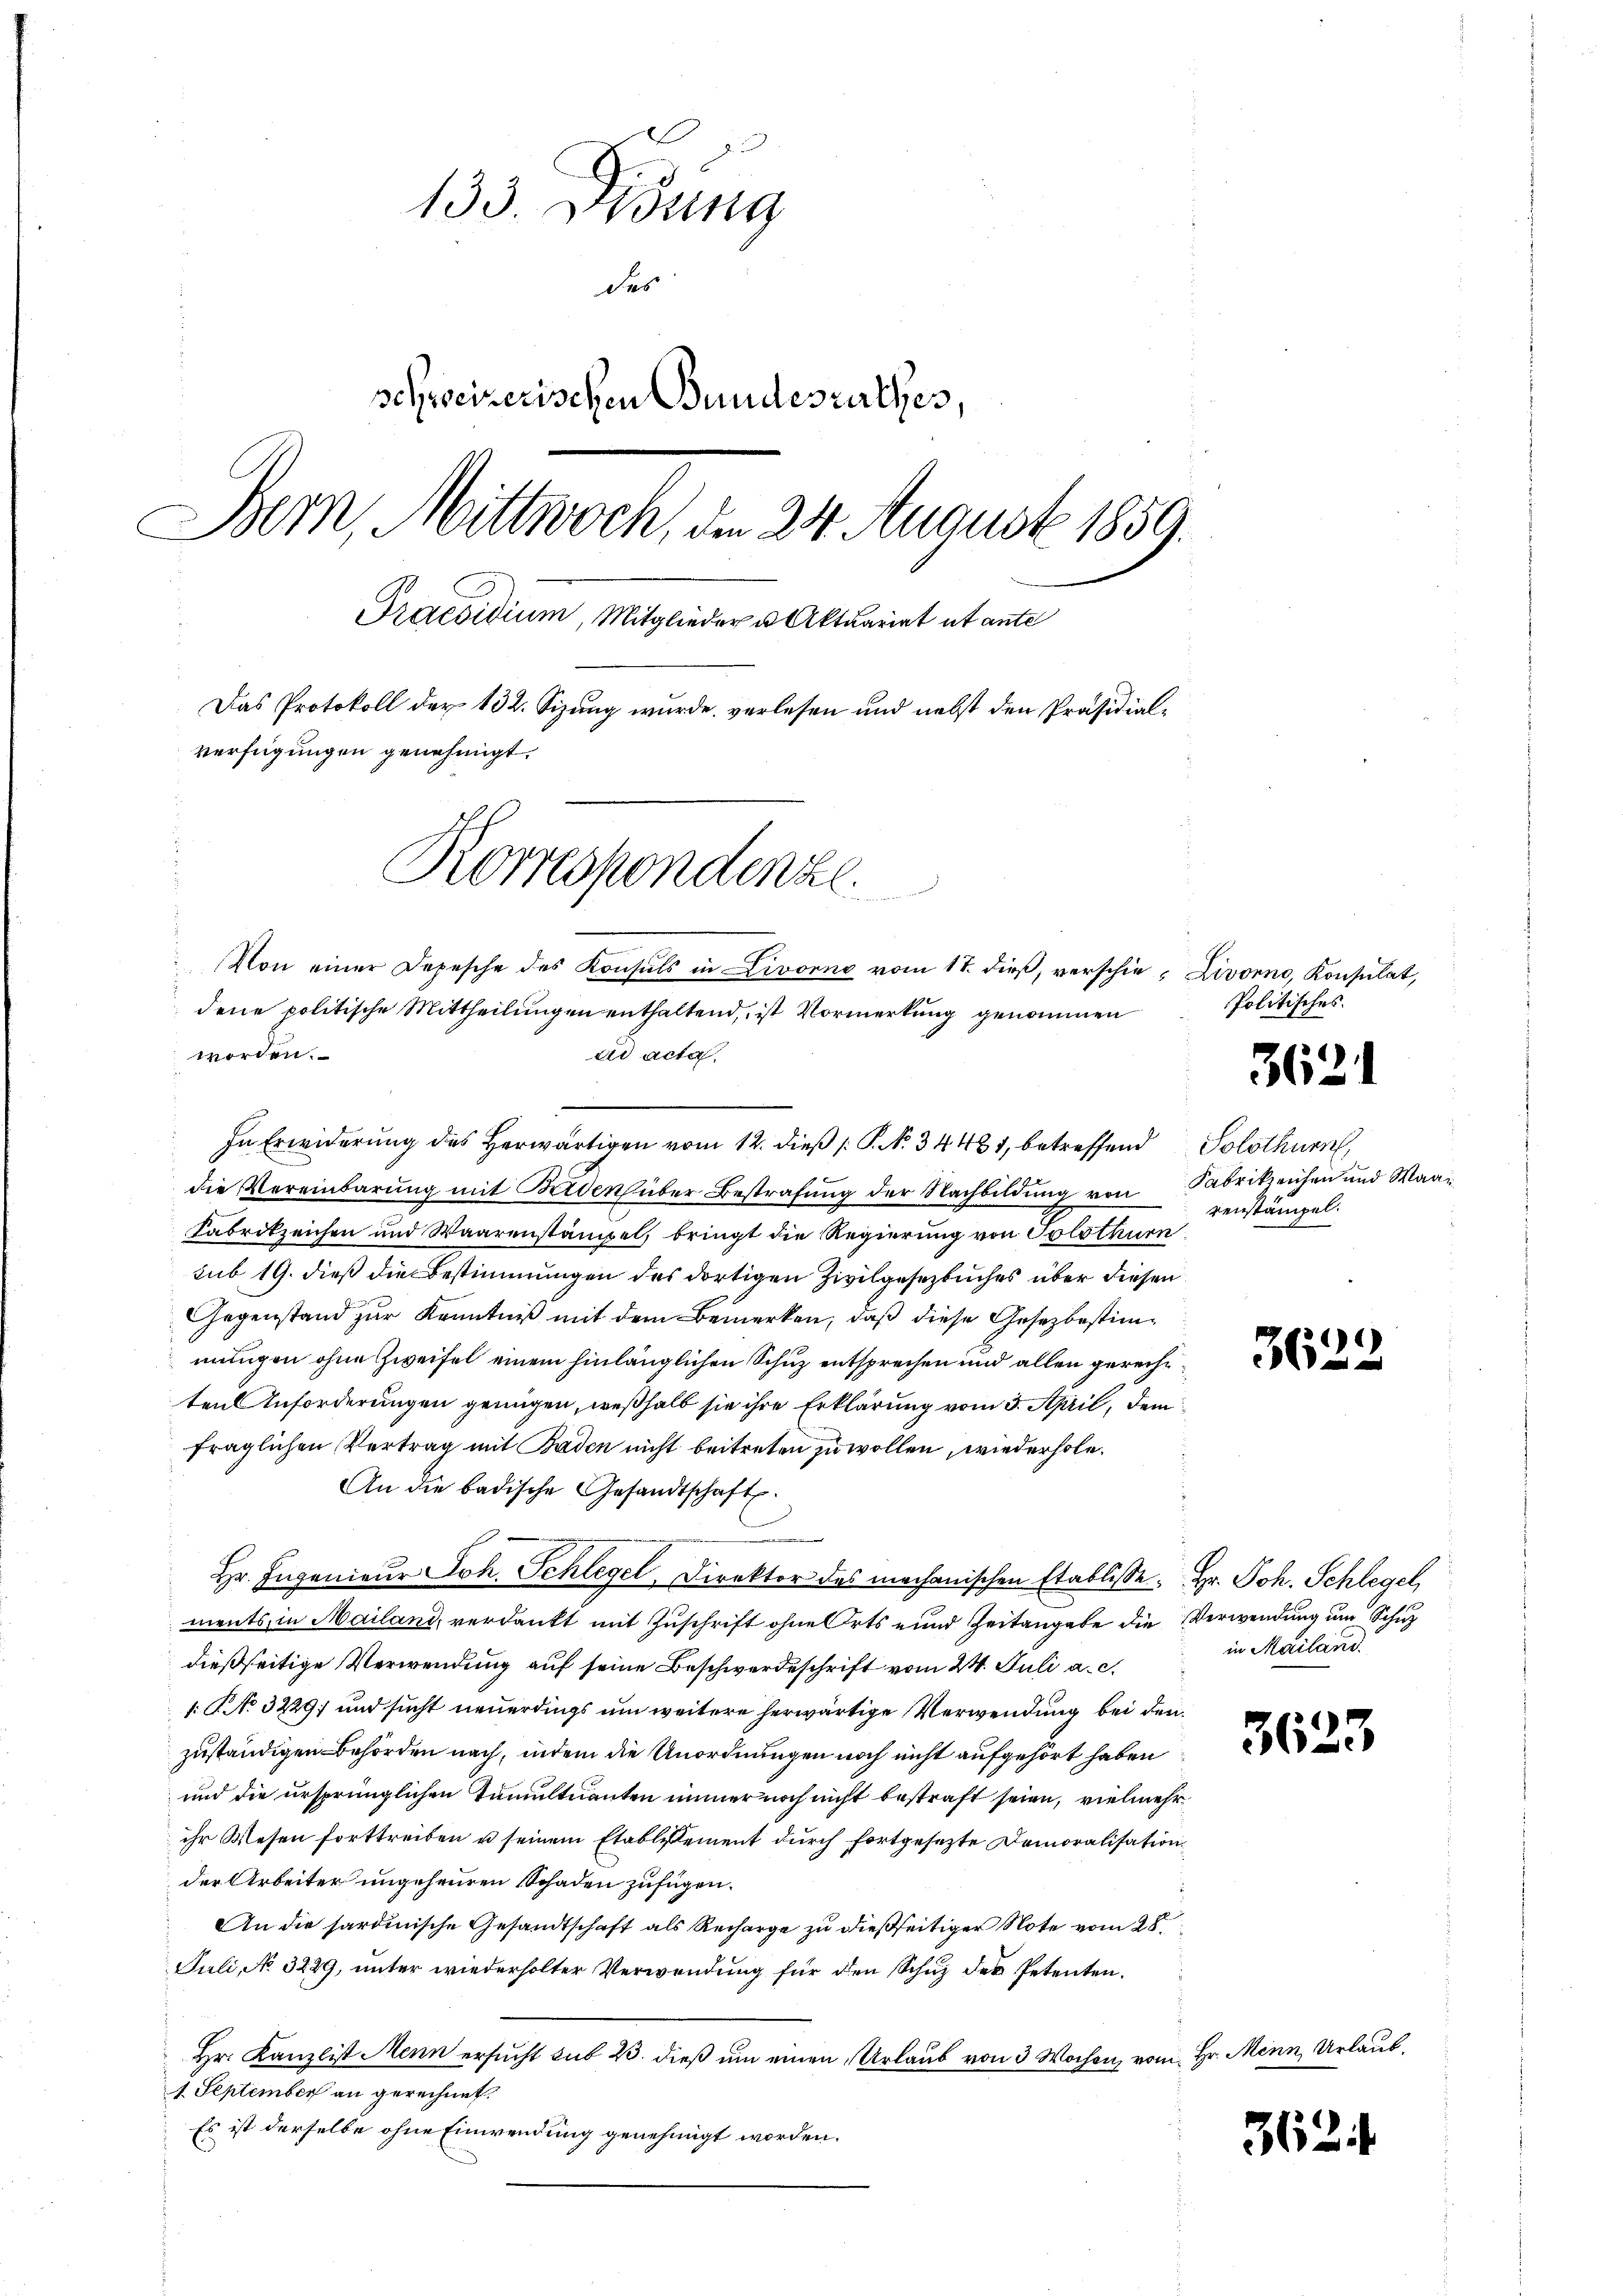
n
133. ung
des
schweizerischen Bundesurthes,
Bern, Mittwoch, den 24. August 1859.
Praesidium, Mitglieder u. Aktuariat ut ante
Das Protokoll der 132. Sizung wurde verlesen und nebst den Präsidialverfügungen genehmigt.
Korrespondenze
Von einer Depesche des Konsuls in Livorno vom 17. dieß, verschie- Livorno, Konsulat,

dene politische Mittheilungen enthaltend, ist Vormerkung genommen
worden.
ad acta.

In Erwiderung des Herwärtigen vom 12. dieß P. N. 34481, betreffend Solothurn,
die Vereinbarung mit Beiden über Bestrafung der Nachbildung von Fabrikzeichen und Waa¬
Fabrikzeichen und Waarenstämpel, bringt die Regierung von Solothurn
sub 19. dieß die Bestimmungen des dortigen Zivilgesezbuches über diesen
Gegenstand zur Kenntniß mit dem Bemerken, daß diese Gesezbestimmungen ohne Zweifel einem hinlänglichen Schuz entsprechen und allen gerechtten Anforderungen genügen, weßhalb sie ihre Erklärung vom 3. April, dem
fraglichen Vertrag mit Baden nicht beitreten zu wollen, wiederhole.
An die badische Gesandtschaft.
B
Hr. Ingenieur Joh. Schlegel, Direktor des mechanischen Etablisse. Hr. Joh. Schlegel
ments, in Mailand, verdankt mit Zuschrift ohne Orts und Zeitangabe die Verwendung um Schuz
dießseitige Verwendung auf seine Beschwerdeschrift vom 24. Juli a. c.
: No 3229; und sucht neuerdings um weitere herwärtige Verwendung bei den
zuständigen Behörden nach, indem die Unordnungen noch nicht aufgehört haben
und die ursprünglichen Tumultuanten immer noch nicht bestraft seien, vielmehr
ihr Wesen forttreiben u seinem Etablissement durch fortgesezte Domoralisation
der Arbeiter ungeheuren Schaden zufügen.
An die sardinische Gesandtschaft als Recharge zu dießseitiger Note vom 28.
Juli, No. 3289, unter wiederholter Verwendung für den Schuz des Petenten.
Hr. Kanzlist Menn ersucht sub 23. dieß um einen Urlaub von 3 Wochen, vom Hr. Mei
1. September an gerechnet.
Es ist derselbe ohne Einwendung genehmigt worden.

Politisches.

renstämpel.

5

in Mailand

6

2

362.

362.

2 Urlaub.